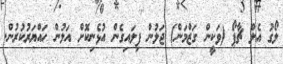
ލޯގު އެލް ޗާޕޯ (ވަކީން ގަޒްމަން) ޖަލުން ފިލައިގެން އުޅެނިކޮށް އަލުން ހައްޔަރުކުރުން.